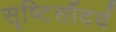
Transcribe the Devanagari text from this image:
सॄष्टिसौंदर्य